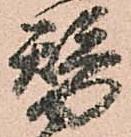
替